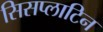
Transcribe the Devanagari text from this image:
सिसप्लाटिन